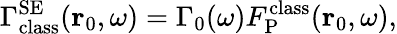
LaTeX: \Gamma_{\mathrm{class}}^{\mathrm{SE}}({\mathbf r}_{0},\omega)=\Gamma_{0}(\omega)F_{\mathrm{P}}^{\mathrm{class}}({\mathbf r}_{0},\omega),